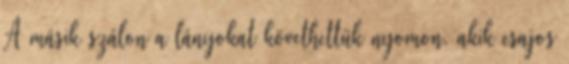
A másik szálon a lányokat követhettük nyomon, akik csajos